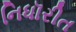
નિધૉરીત